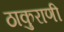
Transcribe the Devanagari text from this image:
ठाकुराणी